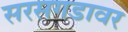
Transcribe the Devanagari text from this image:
सरसगडावर